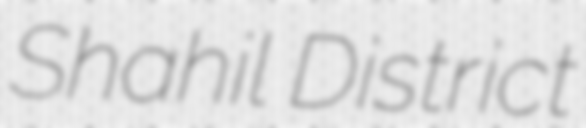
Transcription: Shahil District